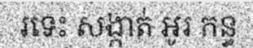
រទេះ សង្កាត់ អូរ កន្ធ